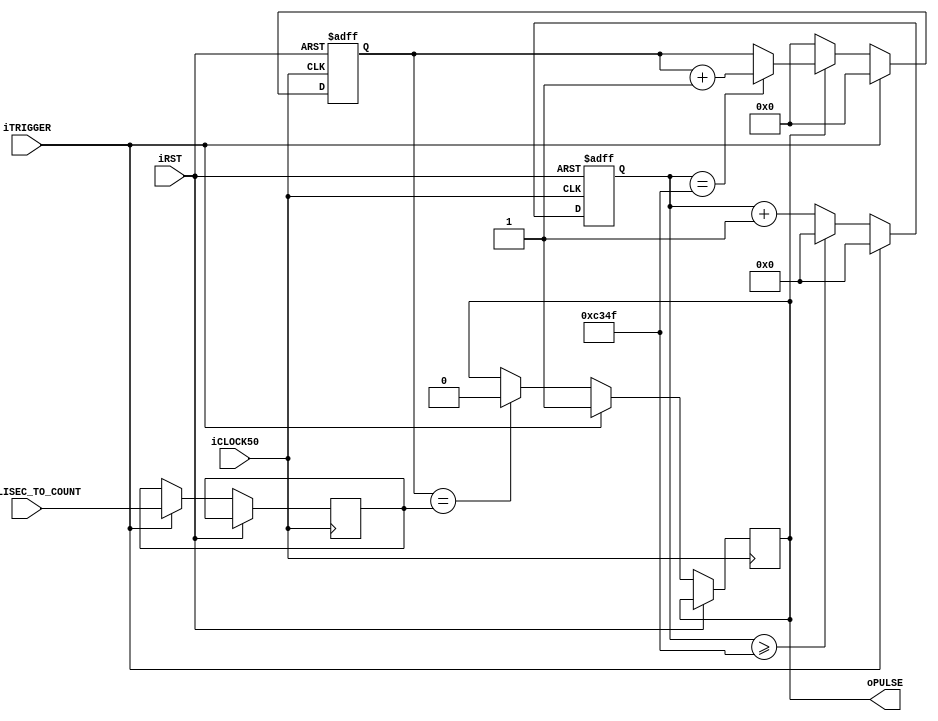
module millisec_counter(
    input       iCLOCK50,
    input       iRST,
    input       iTRIGGER,
    input [7:0] iMILLISEC_TO_COUNT,
    output      oPULSE  // pulse of length specified by iMILLISEC_TO_COUNT
);
// Counting starts at the falling edge of iTRIGGER

reg  [15:0] local_counter;
reg  [7:0]  m_millisec_to_count;
reg  [7:0]  current_millisec_count;
reg         counting;

always @ (posedge iCLOCK50 or posedge iRST) begin
    if(iRST) begin
        local_counter <= 0;
        current_millisec_count <= 0;
    end
    else begin
    	if(iTRIGGER)
    		m_millisec_to_count <= iMILLISEC_TO_COUNT;
    	else
    		m_millisec_to_count <= m_millisec_to_count;

        if(iTRIGGER)
            local_counter <= 0;
        else if(local_counter >= 16'b1100_0011_0100_1111)  // 16'b1100_0011_0101_0000 = 50000 and 50000 clock cycle == 1 ms if clock freq is 50MHz
            local_counter <= 0;
        else
            local_counter <= local_counter + 1'b1;

        if(iTRIGGER)
            current_millisec_count <= 8'd0;
        else begin
        	if(counting) begin
	        	if(local_counter == 16'b1100_0011_0100_1111)
	            	current_millisec_count <= current_millisec_count + 1'b1;
	            else
	            	current_millisec_count <= current_millisec_count;
	        end
	        else
	        	current_millisec_count <= 0;
	    end

	    if(iTRIGGER)
	    	counting <= 1'b1;
	   	else if(current_millisec_count == m_millisec_to_count)
	   		counting <= 1'b0;
	   	else
	   		counting <= counting;
    end
end

assign oPULSE = counting;


endmodule